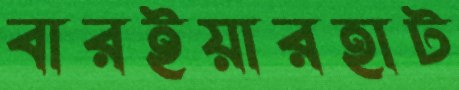
বারইয়ারহাট